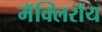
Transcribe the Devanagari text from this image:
मॅक्लिरॉय